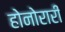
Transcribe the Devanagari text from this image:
होनोरारी